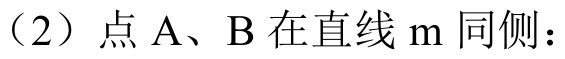
（2）点\(A\)、\(B\)在直线\(m\)同侧：